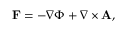
\mathbf { F } = - \nabla \Phi + \nabla \times \mathbf { A } ,